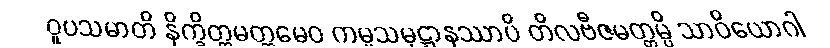
ဝူပသမာတိ နိက္ခိတ္တမတ္တမေဝ ကမ္မသမုဋ္ဌာနဿာပိ တိလဗီဇမတ္တမ္ပိ သာဝိယောဂါ